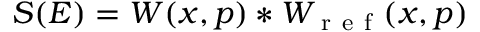
S ( E ) = W ( x , p ) \ast W _ { \mathrm { ~ r ~ e ~ f ~ } } ( x , p )